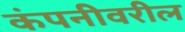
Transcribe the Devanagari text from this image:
कंपनीवरील